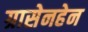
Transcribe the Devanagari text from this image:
ग्रासेनहेन